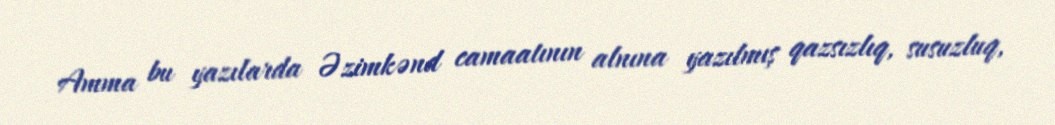
Amma bu yazılarda Əzimkənd camaatının alnına yazılmış qazsızlıq, susuzluq,